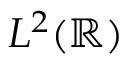
L ^ { 2 } ( \mathbb { R } )